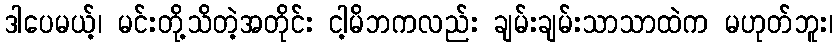
ဒါပေမယ့်၊ မင်းတို့သိတဲ့အတိုင်း ငါ့မိဘကလည်း ချမ်းချမ်းသာသာထဲက မဟုတ်ဘူး၊